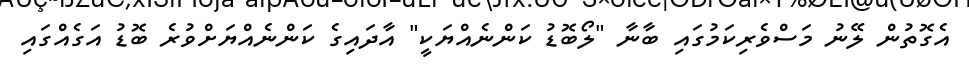
އެގޮތުން ލޭނު މަސްވެރިކަމުގައި ބާނާ "ލޯބޮޑު ކަންނެއްޔަކީ" އާދައިގެ ކަންނެއްޔަށްވުރެ ބޮޑު އަގެއްގައި